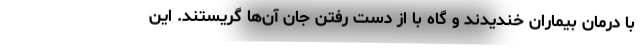
با درمان بیماران خندیدند و گاه با از دست رفتن جان آن‌ها گریستند. این